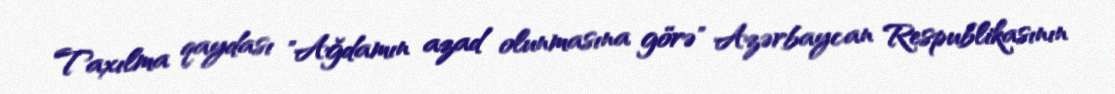
Taxılma qaydası "Ağdamın azad olunmasına görə" Azərbaycan Respublikasının